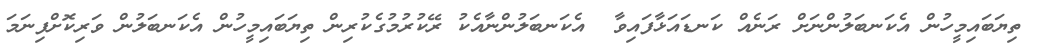
ތިޔަބައިމީހުން އެކަނބަލުންނަށް ރަނެއް ކަނޑައަޅާފައިވާ  އެކަނބަލުންނާއެކު ރޭކުރުމުގެކުރިން ތިޔަބައިމީހުން އެކަނބަލުން ވަރިކޮށްފިނަމަ